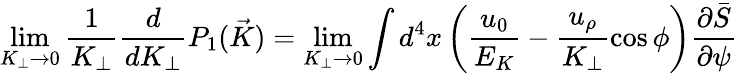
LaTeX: \operatorname*{lim}_{K_{\perp}\to 0}\frac{1}{K_{\perp}}\frac{d}{dK_{\perp}}P_{1}({\vec{K}})=\operatorname*{lim}_{K_{\perp}\to 0}\int d^{4}x\left(\frac{u_{0}}{E_{K}}-\frac{u_{\rho}}{K_{\perp}}\cos\phi\right)\frac{\partial\bar{S}}{\partial\psi}